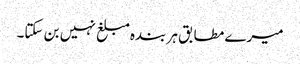
میرے مطابق ہر بندہ مبلغ نہیں بن سکتا۔